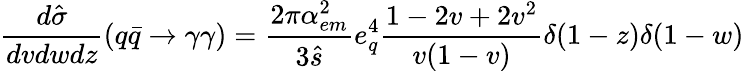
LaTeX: \frac{d\hat{\sigma}}{dvdwdz}(q\bar{q}\rightarrow\gamma\gamma)=\frac{2\pi\alpha_{em}^{2}}{3\hat{s}}e_{q}^{4}\frac{1-2v+2v^{2}}{v(1-v)}\delta(1-z)\delta(1-w)